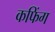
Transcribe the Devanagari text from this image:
कफिंग